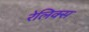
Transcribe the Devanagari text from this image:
रेलिक्स